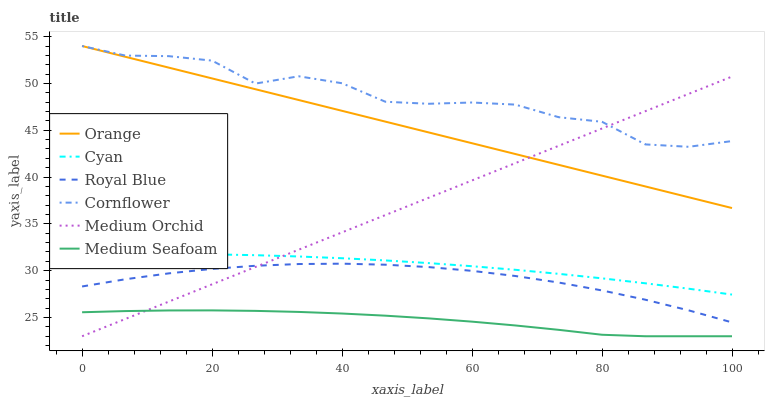
| xaxis_label | Orange | Cyan | Royal Blue | Cornflower | Medium Orchid | Medium Seafoam |
 | --- | --- | --- | --- | --- | --- | --- |
 | 0 | 54 | 31.7 | 28.3 | 54 | 23 | 25.6 |
 | 6.67 | 52.8 | 31.8 | 29.1 | 53 | 24.8 | 25.7 |
 | 13.3 | 51.7 | 31.8 | 29.7 | 52.9 | 26.7 | 25.8 |
 | 20 | 50.5 | 31.7 | 30.2 | 52.4 | 28.5 | 25.8 |
 | 26.7 | 49.4 | 31.7 | 30.5 | 50 | 30.4 | 25.7 |
 | 33.3 | 48.2 | 31.5 | 30.7 | 50.8 | 32.2 | 25.6 |
 | 40 | 47.1 | 31.3 | 30.8 | 50 | 34.1 | 25.4 |
 | 46.7 | 45.9 | 31.1 | 30.6 | 48 | 35.9 | 25.2 |
 | 53.3 | 44.8 | 30.8 | 30.4 | 47.8 | 37.8 | 24.9 |
 | 60 | 43.6 | 30.5 | 30 | 48 | 39.6 | 24.6 |
 | 66.7 | 42.5 | 30.1 | 29.4 | 47.7 | 41.5 | 24.2 |
 | 73.3 | 41.3 | 29.7 | 28.7 | 46.4 | 43.3 | 23.7 |
 | 80 | 40.2 | 29.2 | 27.9 | 45.9 | 45.2 | 23.2 |
 | 86.7 | 39 | 28.7 | 26.9 | 43.5 | 47 | 23 |
 | 93.3 | 37.8 | 28.1 | 25.8 | 43.2 | 48.9 | 23 |
 | 100 | 36.7 | 27.5 | 24.5 | 43.8 | 50.7 | 23 |